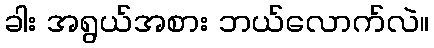
ခါး အရွယ်အစား ဘယ်လောက်လဲ။